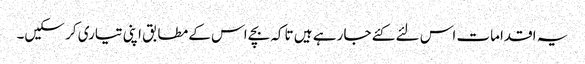
یہ اقدامات اس لئے کئے جا رہے ہیں تاکہ بچے اس کے مطابق اپنی تیاری کر سکیں۔